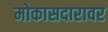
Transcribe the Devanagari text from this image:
मोकासदारावर